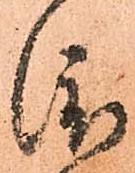
渡